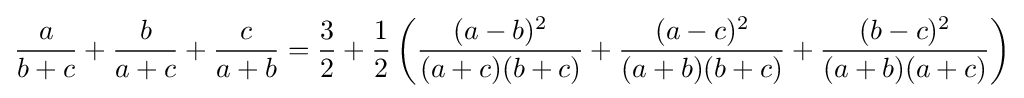
{\frac {a}{b+c}}+{\frac {b}{a+c}}+{\frac {c}{a+b}}={\frac {3}{2}}+{\frac {1}{2}}\left({\frac {(a-b)^{2}}{(a+c)(b+c)}}+{\frac {(a-c)^{2}}{(a+b)(b+c)}}+{\frac {(b-c)^{2}}{(a+b)(a+c)}}\right)